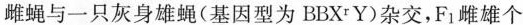
雌蝇与一只灰身雄蝇（基因型为BBX^rY）杂交，F1雌雄个